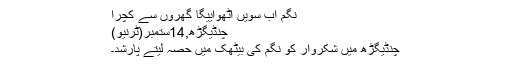
نگم اب سویں اٹھواییگا گھروں سے کچرا
چنڈیگڑھ,14ستمبر(ٹرنیو)
چنڈیگڑھ میں شکروار کو نگم کی بیٹھک میں حصہ لیتے پارشد۔